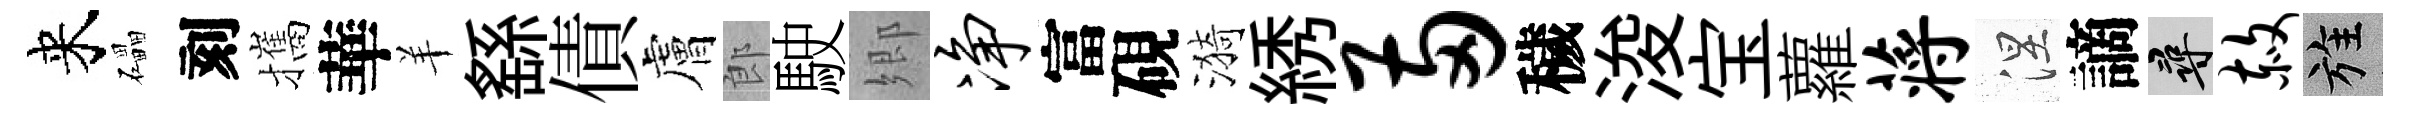
来礧刻攜華羊繇債膚郎駛郷净富硯漪綉两穢浚宝蘿蒋涅謫尋赦旌